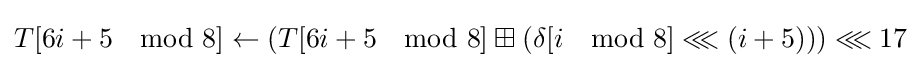
T[6i+5\mod 8]\leftarrow \left(T[6i+5\mod 8]\boxplus \left(\delta [i\mod 8]\lll \left(i+5\right)\right)\right)\lll 17